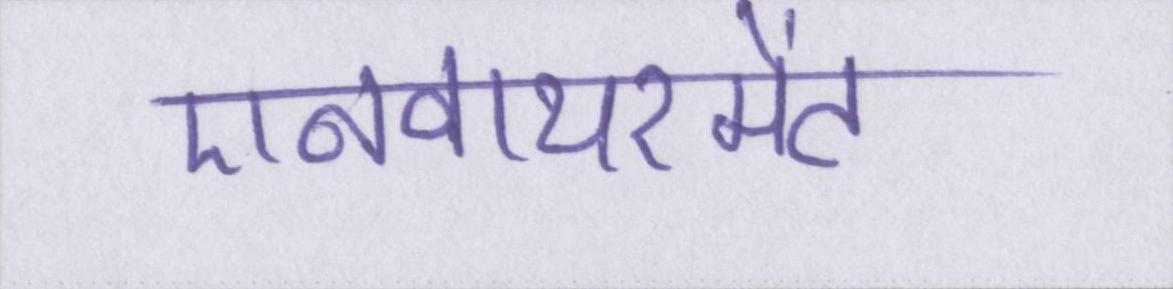
एनवायरमेंट